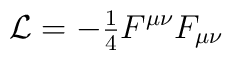
{\cal L}={\textstyle -\frac{1}{4}}F^{\mu\nu}F_{\mu \nu}